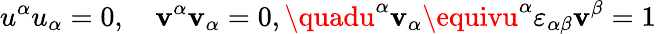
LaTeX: u^{\alpha}u_{\alpha}=0,\quad\mathbf{v}^{\alpha}\mathbf{v}_{\alpha}=0,\quadu^{\alpha}\mathbf{v}_{\alpha}\equivu^{\alpha}\varepsilon_{\alpha\beta}\mathbf{v}^{\beta}=1